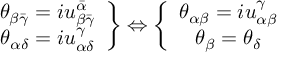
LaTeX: \left. \begin{array} { c } { { \theta _ { \beta \bar { \gamma } } = i u _ { \beta \bar { \gamma } } ^ { \bar { \alpha } } } } \\ { { \theta _ { \alpha \delta } = i u _ { \alpha \delta } ^ { \gamma } } } \end{array} \right\} \Leftrightarrow \left\{ \begin{array} { c } { { \theta _ { \alpha \beta } = i u _ { \alpha \beta } ^ { \gamma } } } \\ { { \theta _ { \beta } = \theta _ { \delta } } } \end{array} \right.